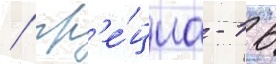
/ гр'е́циа - 16